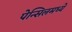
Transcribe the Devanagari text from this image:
पेन्सिलमध्ये